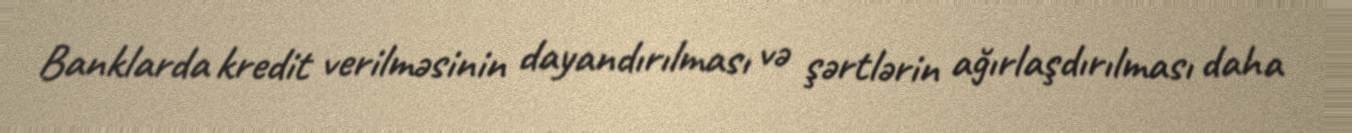
Banklarda kredit verilməsinin dayandırılması və şərtlərin ağırlaşdırılması daha